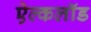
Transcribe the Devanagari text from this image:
ऐल्कलॉड